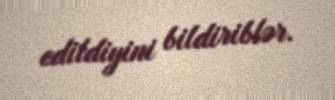
edildiyini bildiriblər.